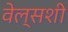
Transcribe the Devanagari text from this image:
वेल्सशी